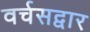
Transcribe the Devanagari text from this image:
वर्चसद्वार